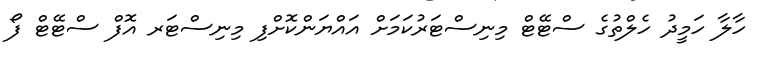
ހާލާ ހަމީދު ހެލްތުގެ ސްޓޭޓް މިނިސްޓަރުކަމަށް އައްޔަންކޮށްފި މިނިސްޓަރ އޮފް ސްޓޭޓް ފޯ